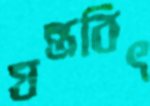
যন্ত্রবিৎ